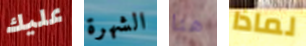
عليك الشهرة هنا لماذا